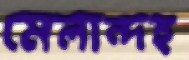
মেলান্দহ